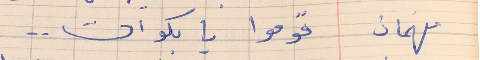
فهمان    قوموا يا بكوات . .